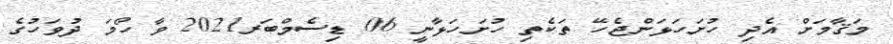
މަޤާމަށް އެދި ހުށަހަޅަންޖެހޭ ތަކެތި ހުށަހަޅާނީ 06 ޑިސެމްބަރ2021 ވާ ހޯމަ ދުވަހުގެ